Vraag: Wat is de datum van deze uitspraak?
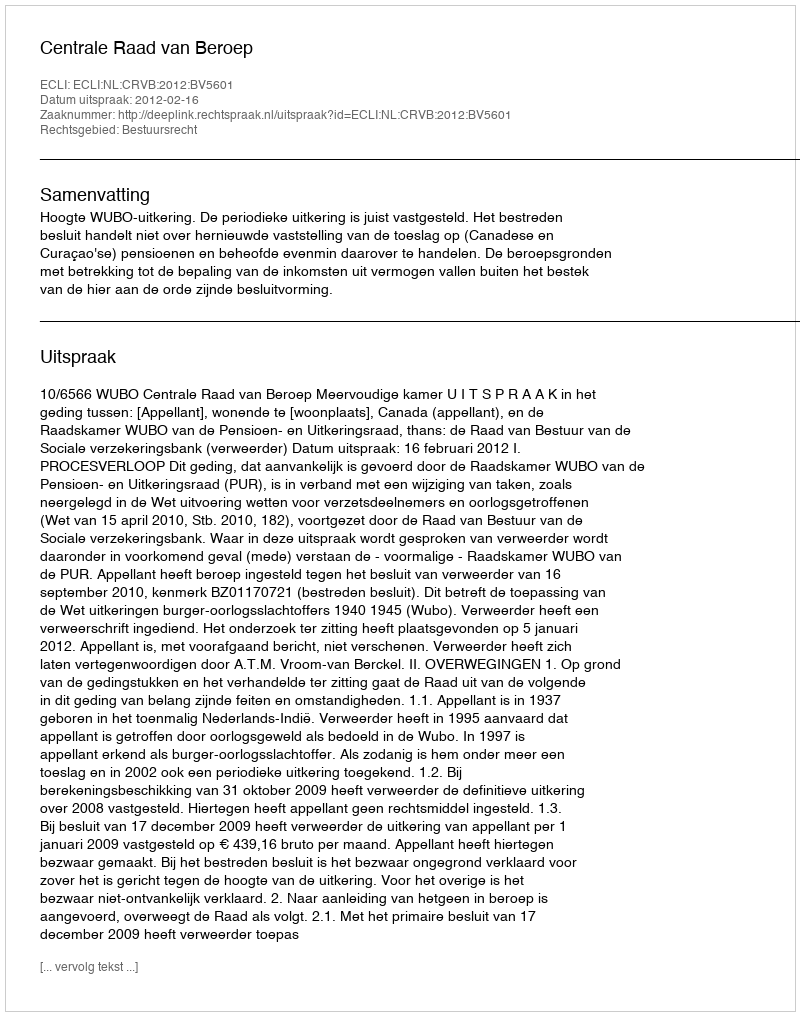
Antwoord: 2012-02-16